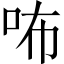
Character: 咘